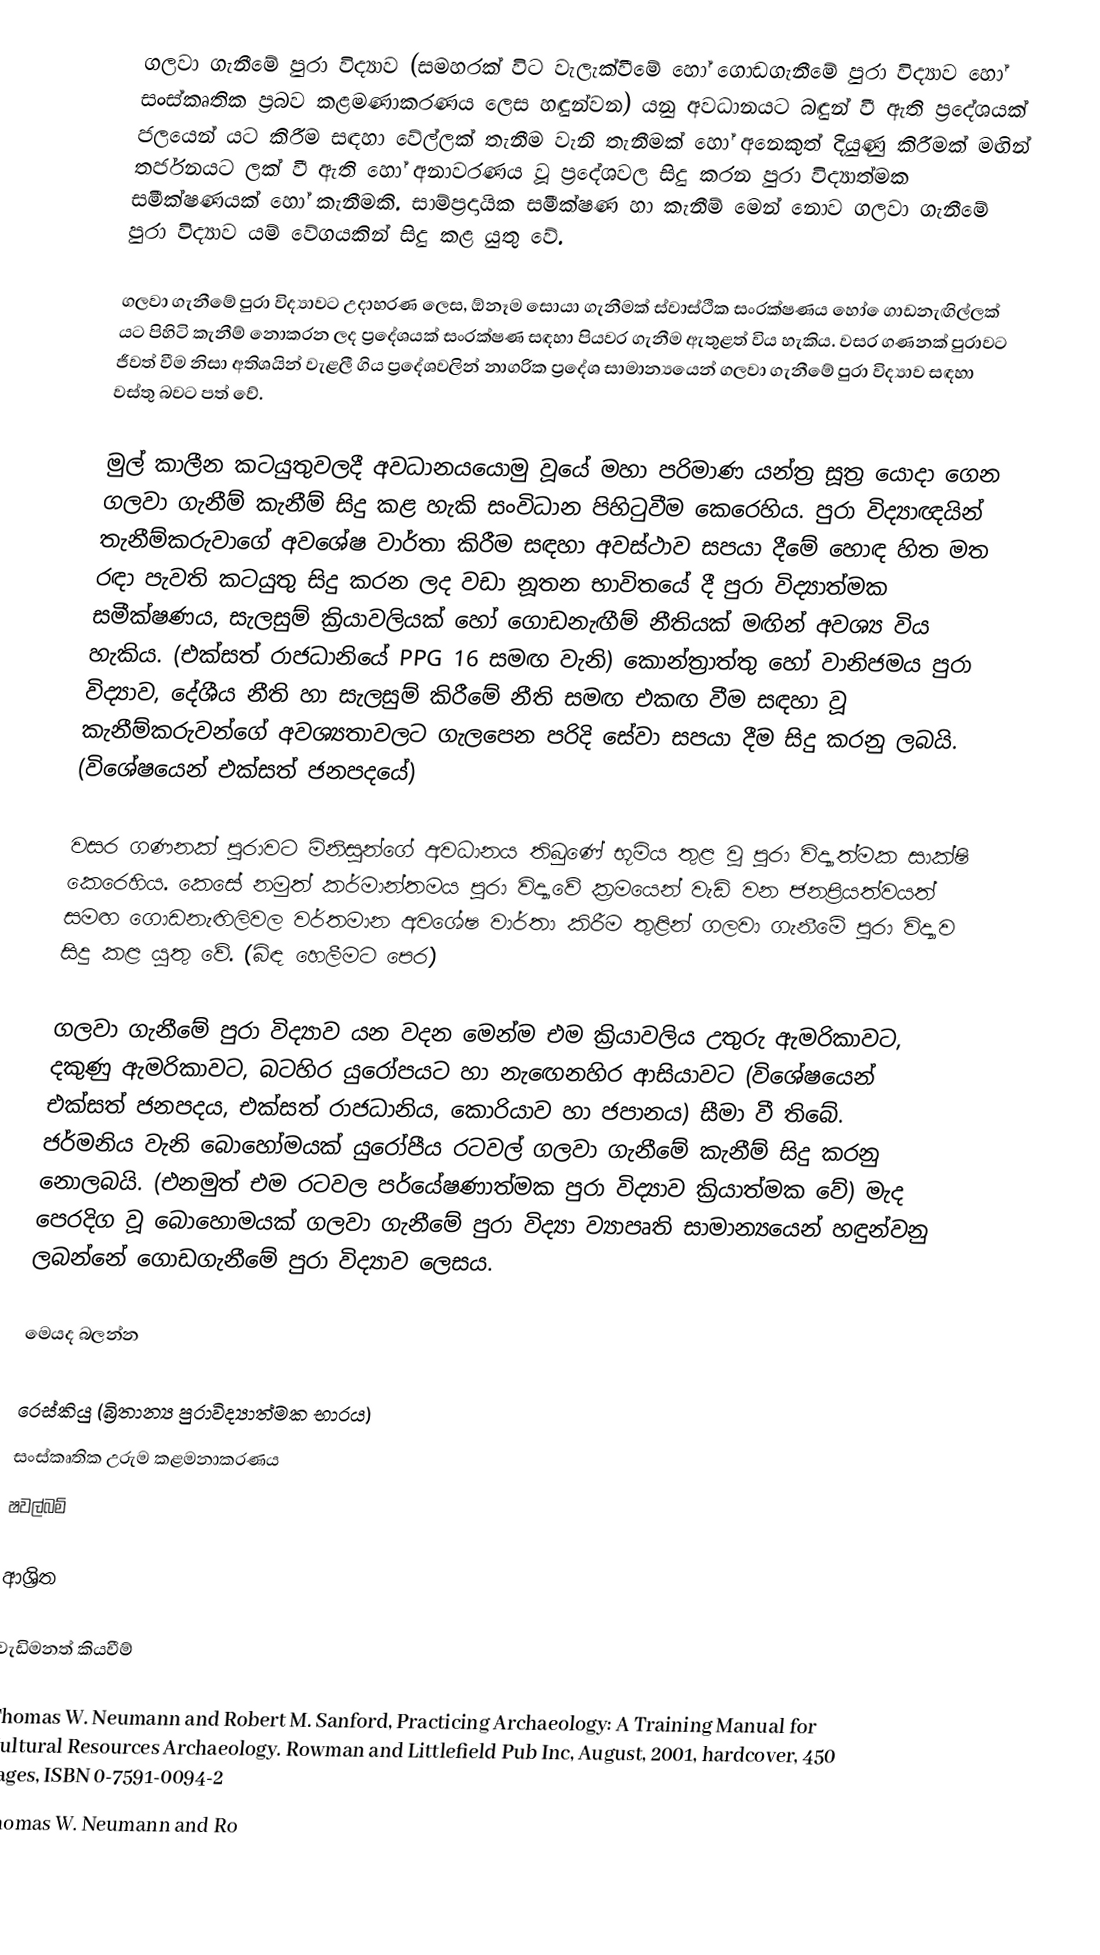
ගලවා ගැනීමේ පුරා විද්‍යාව (සමහරක් විට වැලැක්වීමේ හෝ ගොඩගැනීමේ පුරා විද්‍යාව‍ හෝ සංස්කෘතික ප්‍රබව කළමණාකරණය ලෙස හඳුන්වන) යනු අවධානයට බඳුන් වී ඇති ප්‍රදේශයක් ජලයෙන් යට කිරීම සඳහා වේල්ලක් තැනීම වැනි තැනීමක් හෝ අනෙකුත් දියුණු කිරීමක් මඟින් තර්ජනයට ලක් වී ඇති හෝ අනාවරණය වූ ප්‍රදේශවල සිදු කරන පුරා විද්‍යාත්මක සමීක්ෂණයක් හෝ කැනීමකි. සාම්ප්‍රදායික සමීක්ෂණ හා කැනීම් මෙන් නොව ගලවා ගැනීමේ පුරා විද්‍යාව යම් වේගයකින් සිදු කළ යුතු වේ.

ගලවා ගැනීමේ පුරා විද්‍යාවට උදාහරණ ලෙස, ඕනෑම සොයා ගැනීමක් ස්වාස්ථික සංරක්ෂණය හෝ ‍‍ෙගාඩනැඟිල්ලක් යට පිහිටි කැනීම් නොකරන ලද ප්‍රදේශයක් සංරක්ෂණ සඳහා පියවර ගැනීම ඇතුළත් විය හැකිය. වසර ගණනක් පුරාවට ජීවත් වීම නිසා අතිශයින් වැළලී ගිය ප්‍රදේශවලින් නාගරික ප්‍රදේශ සාමාන්‍යයෙන් ගලවා ගැනීමේ පුරා විද්‍යාව සඳහා වස්තු බවට පත් වේ.

මුල් කාලීන කටයුතුවලදී අවධානය‍යොමු වූයේ මහා පරිමාණ යන්ත්‍ර සූත්‍ර යොදා ගෙන ගලවා ගැනීම් කැනීම් සිදු කළ හැකි සංවිධාන පිහිටුවීම කෙරෙහිය. පුරා විද්‍යාඥයින් තැනීම්කරුවාගේ අවශේෂ වාර්තා කිරීම සඳහා අවස්ථාව සපයා දීමේ හොඳ හිත මත රඳා පැවති කටයුතු සිදු කරන ලද වඩා නූතන භාවිතයේ දී පුරා විද්‍යාත්මක සමීක්ෂණය, සැලසුම් ක්‍රියාවලියක් හෝ ගොඩනැඟීම් නීතියක් මඟින් අවශ්‍ය විය හැකිය. (එක්සත් රාජධානියේ PPG 16 සමඟ වැනි) කොන්ත්‍රාත්තු හෝ වානිජමය පුරා විද්‍යාව, දේශීය නීති හා සැලසුම් කිරීමේ නීති සමඟ එකඟ වීම සඳහා වූ කැනීම්කරුවන්ගේ අවශ්‍යතාවලට ගැලපෙන පරිදි සේවා සපයා දීම සිදු කරනු ලබයි. (විශේෂයෙන් එක්සත් ජනපදයේ)

වසර ගණනක් පුරාවට මිනිසුන්ගේ අවධානය තිබුණේ භූමිය තුළ වූ පුරා විද්‍යාත්මක සාක්ෂි කෙරෙහිය. කෙසේ නමුත් කර්මාන්තමය පුරා විද්‍යාවේ ක්‍රමයෙන් වැඩි වන ජනප්‍රියත්වයත් සමඟ ගොඩනැඟිලිවල වර්තමාන අවශේෂ වාර්තා කිරීම තුළින් ගලවා ගැනීමේ පුරා විද්‍යාව සිදු කළ යුතු වේ. (බිඳ හෙලීමට පෙර)

ගලවා ගැනීමේ පුරා විද්‍යාව යන වදන මෙන්ම එම ක්‍රියාවලිය උතුරු ඇමරිකාවට, දකුණු ඇමරිකාවට, බටහිර යුරෝපයට හා නැ‍ඟෙනහිර ආසියාවට (විශේෂයෙන් එක්සත් ජනපදය, එක්සත් රාජධානිය, කොරියාව හා ජපානය) සීමා වී තිබේ. ජර්මනිය වැනි බොහෝමයක් යුරෝපීය රටවල් ගලවා ගැනීමේ කැනීම් සිදු කරනු නොලබයි. (එනමුත් එම රටවල පර්යේෂණාත්මක පුරා විද්‍යාව ක්‍රියාත්මක වේ) මැද පෙරදිග වූ බොහොමයක් ගලවා ගැනීමේ පුරා විද්‍යා ව්‍යාපෘති සාමාන්‍යයෙන් හඳුන්වනු ලබන්නේ ගොඩගැනීමේ පුරා විද්‍යාව ලෙසය.

මෙයද බලන්න

 රෙස්කියු (බ්‍රිතාන්‍ය පුරාවිද්‍යාත්මක භාරය)
 සංස්කෘතික උරුම කළමනාකරණය
 ෂවල්බම්

ආශ්‍රිත

වැඩිමනත් කියවීම්

 Thomas W. Neumann and Robert M. Sanford, Practicing Archaeology: A Training Manual for Cultural Resources Archaeology. Rowman and Littlefield Pub Inc, August, 2001, hardcover, 450 pages, ISBN 0-7591-0094-2
 Thomas W. Neumann and Ro